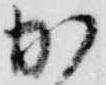
か